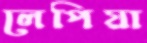
লেপিয়া